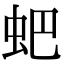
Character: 蚆